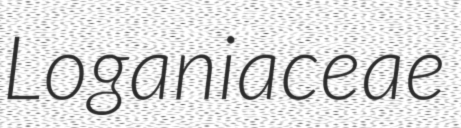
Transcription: Loganiaceae